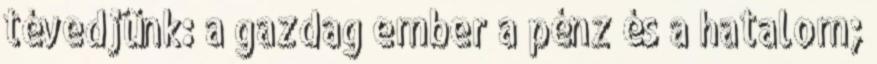
tévedjünk: a gazdag ember a pénz és a hatalom;